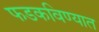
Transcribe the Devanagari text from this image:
फडकविण्यात